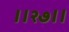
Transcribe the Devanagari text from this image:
।।२७।।